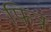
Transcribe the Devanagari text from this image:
फित्र